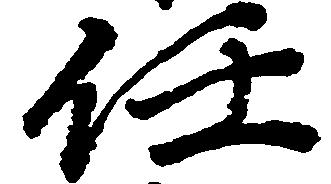
任